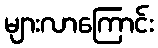
များလာကြောင်း